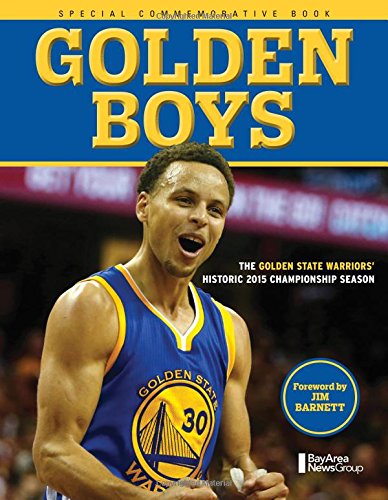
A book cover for Golden Boys: The Golden State Warriors Historic 2015 Championship Season; Bay Area News Group; Sports & Outdoors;